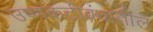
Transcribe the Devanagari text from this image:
उष्णकटीबंधातील